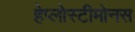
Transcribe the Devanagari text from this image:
हेप्लोस्टीमोनस